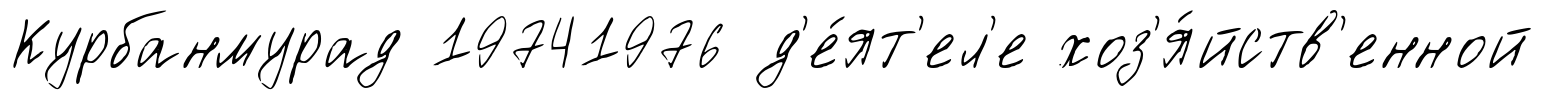
Курбанмурад 19741976 д'е́ят'ел'е хоз'я́йств'енной